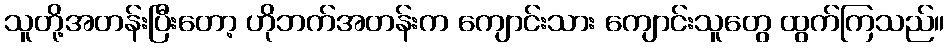
သူတို့အတန်းပြီးတော့ ဟိုဘက်အတန်းက ကျောင်းသား ကျောင်းသူတွေ ထွက်ကြသည်။